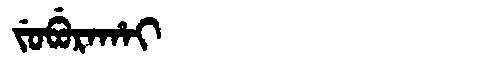
Manchu: ᠵᡠᠪᡠᡵᠠᡥᠠᡳ
Romanization: JUBURAHAI